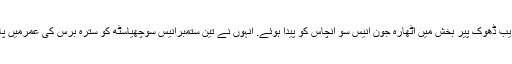
سوارمحمد حسین شہید پنجاب کے علاقے گوجرخان کے قریب ڈھوک پیر بخش میں اٹھارہ جون انیس سو انچاس کو پیدا ہوئے. انہوں نے تین ستمبرانیس سوچھیاسٹھ کو سترہ برس کی عمرمیں پاکستان آرمی میں ڈرائیورکی حیثیت سے شمولیت اختیارکی۔